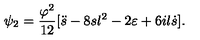
\psi _ { 2 } = \frac { \varphi ^ { 2 } } { 1 2 } [ \ddot { s } - 8 s l ^ { 2 } - 2 \varepsilon + 6 i l \dot { s } ] .